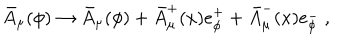
LaTeX: \bar { A } _ { \mu } ( \phi ) \rightarrow \bar { A } _ { \mu } ( \phi ) + \bar { A } _ { \mu } ^ { + } ( x ) e _ { \phi } ^ { + } + \bar { A } _ { \mu } ^ { - } ( x ) e _ { \phi } ^ { - } \ ,